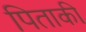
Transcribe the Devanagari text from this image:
पिताकी